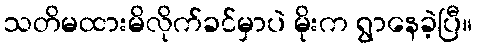
သတိမထားမိလိုက်ခင်မှာပဲ မိုးက ရွာနေခဲ့ပြီ။